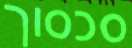
סכסוך